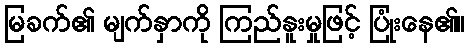
မြခက်၏ မျက်နှာကို ကြည်နူးမှုဖြင့် ပြုံးနေ၏။